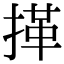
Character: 𢯹